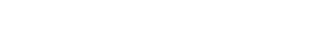
ဣမံ ဂါထံ၊ ဤဂါထာကို။ အာဟ၊ မိန့်တော်မူ၏။